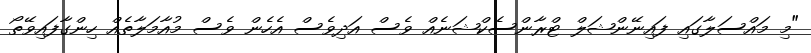
"މި މައްސަލާގައި ފައިނޭންޝަލް ޓްރާންސެކްޝަނެއް ވެސް އަދިވެސް އެހެން ވެސް މުއާމަލާތެއް ހިންގާފައިވޭތޯ